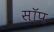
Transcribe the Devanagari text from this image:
सॉप